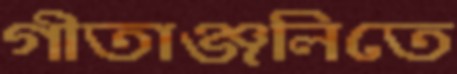
গীতাঞ্জলিতে